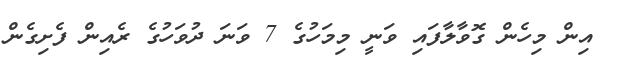
އިން މިހެން ގޮވާލާފައި ވަނީ މިމަހުގެ 7 ވަނަ ދުވަހުގެ ރެއިން ފެށިގެން